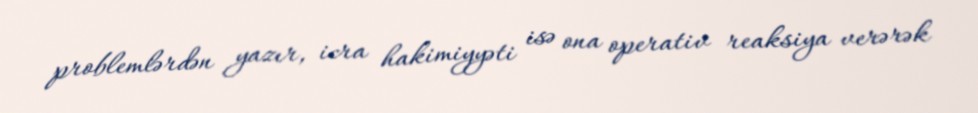
problemlərdən yazır, icra hakimiyyəti isə ona operativ reaksiya verərək